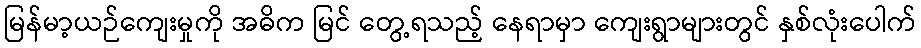
မြန်မာ့ယဉ်ကျေးမှုကို အဓိက မြင် တွေ့ရသည့် နေရာမှာ ကျေးရွာများတွင် နှစ်လုံးပေါက်